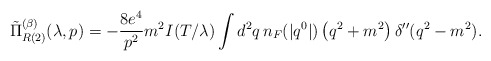
\begin{align*}\tilde\Pi_{R{(2)}}^{(\beta)}(\lambda,p) = -\frac{8 e^4}{p^2} m^2 I(T/\lambda)\int d^{2}q\,n_{F}(|q^{0}|) \left(q^{2}+m^2\right)\delta^{\prime\prime}(q^2-m^2).\end{align*}